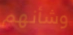
وشأنهم